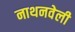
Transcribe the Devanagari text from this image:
नाथनवेली